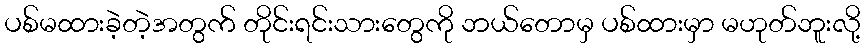
ပစ်မထားခဲ့တဲ့အတွက် တိုင်းရင်းသားတွေကို ဘယ်တောမှ ပစ်ထားမှာ မဟုတ်ဘူးလို့